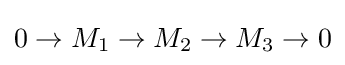
0\rightarrow M_{1}\rightarrow M_{2}\rightarrow M_{3}\rightarrow 0